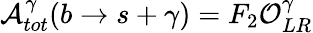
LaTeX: {\cal A}_{tot}^{\gamma}(b\rightarrow s+\gamma)=F_{2}{\cal O}_{LR}^{\gamma}